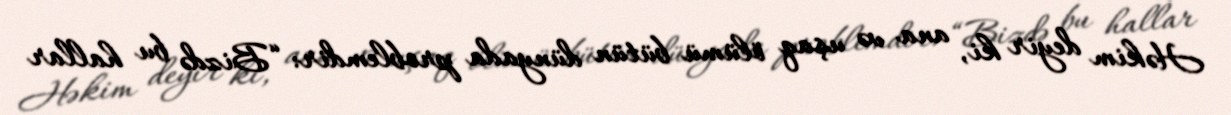
Həkim deyir ki, ana və uşaq ölümü bütün dünyada problemdir: “Bizdə bu hallar